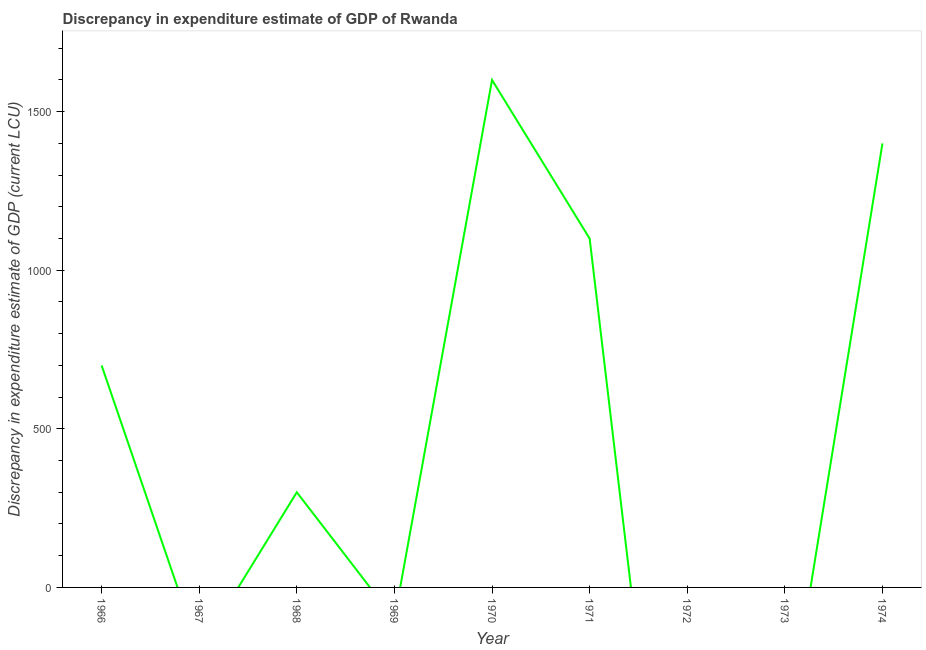
| Year | Discrepancy current LCU |
 | --- | --- |
 | 1966 | 700 |
 | 1967 | -200 |
 | 1968 | 300 |
 | 1969 | -100 |
 | 1970 | 1.6e+03 |
 | 1971 | 1.1e+03 |
 | 1972 | -1.5e+03 |
 | 1973 | -500 |
 | 1974 | 1.4e+03 |